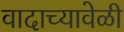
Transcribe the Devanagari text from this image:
वादाच्यावेळी